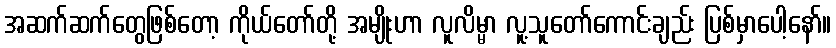
အဆက်ဆက်တွေဖြစ်တော့ ကိုယ်တော်တို့ အမျိုးဟာ လူလိမ္မာ လူ့သူတော်ကောင်းချည်း ပြစ်မှာပေါ့နော်။